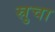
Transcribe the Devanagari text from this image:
स्रुचा